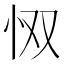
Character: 𫹷